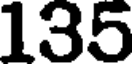
135